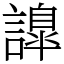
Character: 𧬁